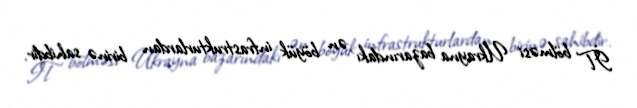
İT bölməsi Ukrayna bazarındakı ən böyük infrastrukturlardan birinə sahibdir.